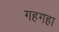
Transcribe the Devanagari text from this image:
गहगहा